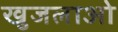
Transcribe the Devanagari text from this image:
खुजलाओ